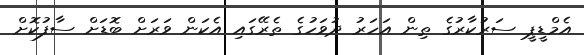
އެމްޑީޕީ ސަރުކާރުގެ ތިން އަހަރު ދުވަހުގެ ތެރޭގައި އެކަން ވަރަށް ބޮޑަށް ސާފުކޮށް